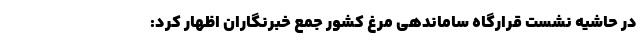
در حاشیه نشست قرارگاه ساماندهی مرغ کشور جمع خبرنگاران اظهار کرد: